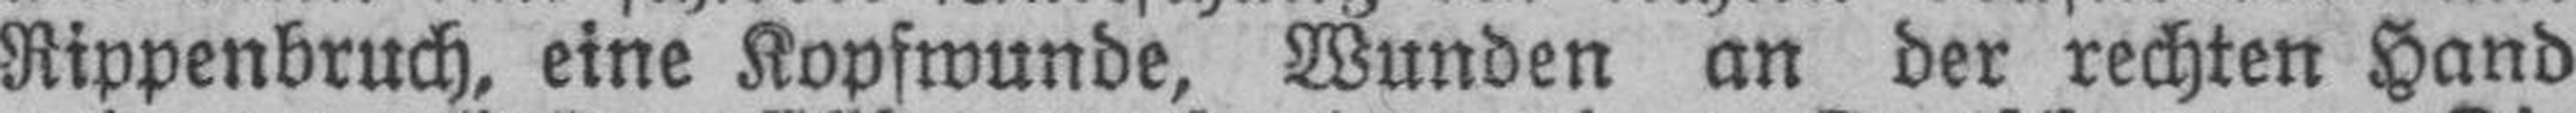
Rippenbruch, eine Kopfwunde, Wunden an der rechten Hand